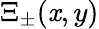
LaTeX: \Xi_{\pm}(\mathit{x},y)